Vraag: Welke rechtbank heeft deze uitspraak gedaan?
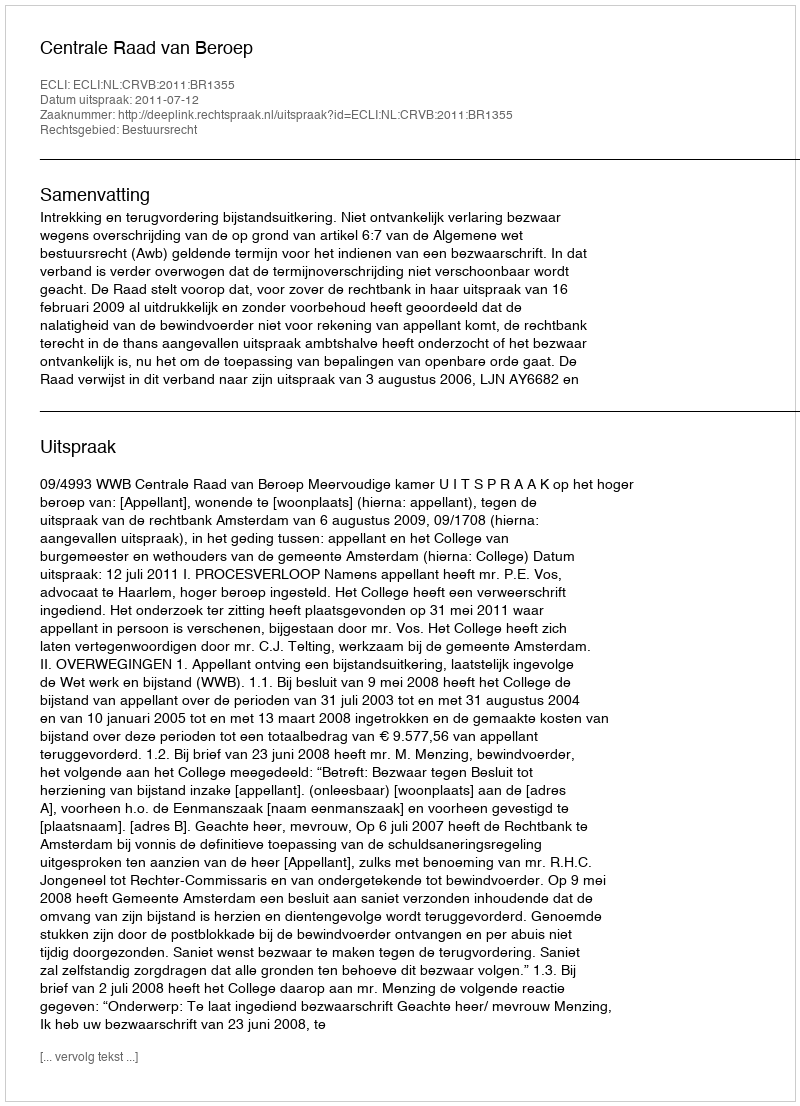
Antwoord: Centrale Raad van Beroep